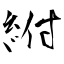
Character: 紨